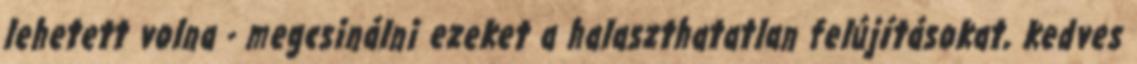
lehetett volna - megcsinálni ezeket a halaszthatatlan felújításokat, kedves